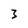
Character: 3